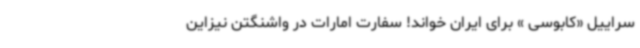
سراییل «کابوسی » برای ایران خواند! سفارت امارات در واشنگتن نیزاین